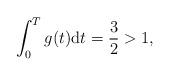
LaTeX: \begin{align*}\int^T_{0}g(t)\mathrm{d}t=\frac{3}{2}>1,\end{align*}